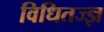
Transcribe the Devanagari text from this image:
विधितज्‍ज्ञ